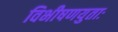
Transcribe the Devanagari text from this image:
विभीषणयुताः